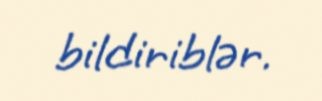
bildiriblər.